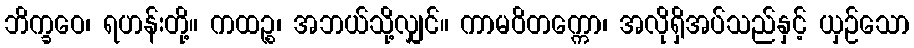
ဘိက္ခဝေ၊ ရဟန်းတို့။ ကထဉ္စ၊ အဘယ်သို့လျှင်။ ကာမဝိတက္ကော၊ အလိုရှိအပ်သည်နှင့် ယှဉ်သော